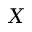
X